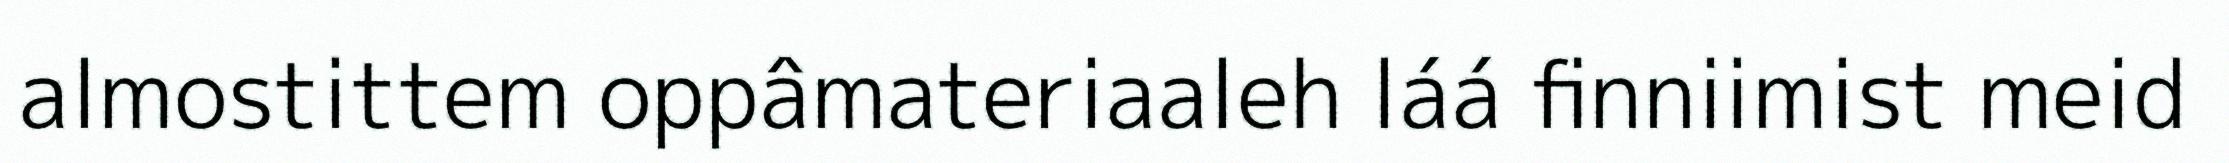
almostittem oppâmateriaaleh láá finniimist meid